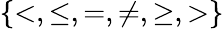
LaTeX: \{ <,\leq,=,\neq,\geq,>\}